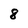
Character: 8